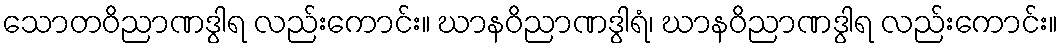
သောတဝိညာဏဒွါရ လည်းကောင်း။ ဃာနဝိညာဏဒွါရံ၊ ဃာနဝိညာဏဒွါရ လည်းကောင်း။